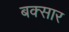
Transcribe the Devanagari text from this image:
बक्सार